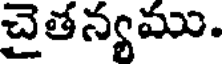
చైతన్యము.